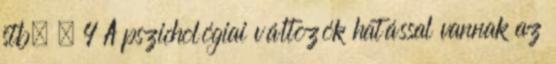
stb. . 4 A pszichológiai változók hatással vannak az